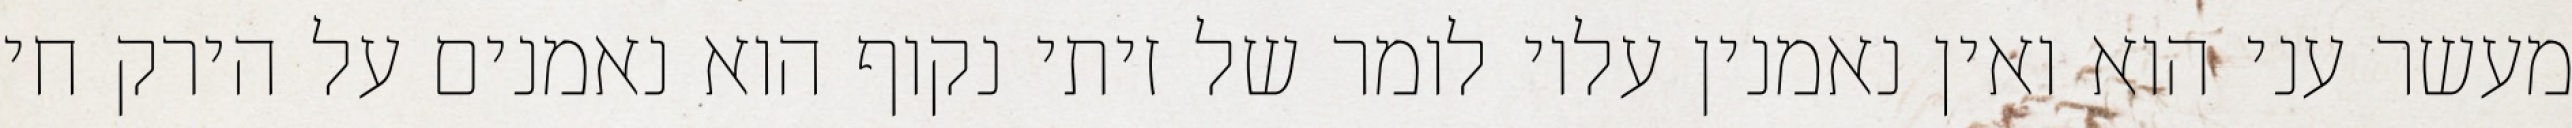
מעשר עני הוא ואין נאמנין עליו לומר של זיתי נקוף הוא נאמנים על הירק חי